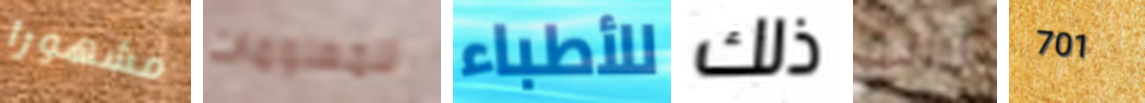
مشهورا للمعلومات للأطباء ذلك لنائب 701